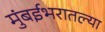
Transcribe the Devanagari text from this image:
मुंबईभरातल्या